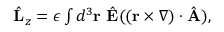
\begin{array} { r } { \hat { \bf L } _ { z } = \epsilon \int d ^ { 3 } { \bf r } \ \hat { \bf E } ( ( { \bf r } \times \nabla ) \cdot \hat { \bf A } ) , } \end{array}